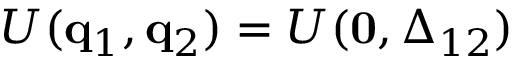
U ( \mathbf { q } _ { 1 } , \mathbf { q } _ { 2 } ) = U ( \mathbf { 0 } , \boldsymbol { \Delta } _ { 1 2 } )